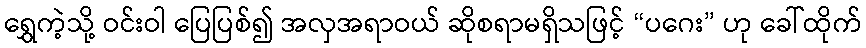
ရွှေကဲ့သို့ ဝင်းဝါ ပြေပြစ်၍ အလှအရာဝယ် ဆိုစရာမရှိသဖြင့် “ပဂေး” ဟု ခေါ်ထိုက်